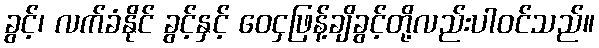
ခွင့်၊ လက်ခံနိုင် ခွင့်နှင့် ဝေငှဖြန့်ချိခွင့်တို့လည်းပါဝင်သည်။